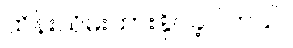
ထိန်းသိမ်းထားနိုင်ခဲ့ပါတယ်။